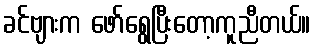
ခင်ဗျားက ဖော်ရွေပြီးတော့ကူညီတယ်။